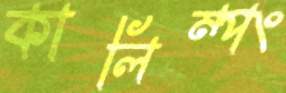
কালিম্পং